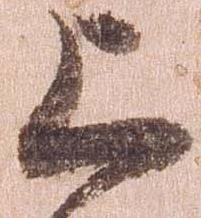
上